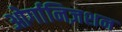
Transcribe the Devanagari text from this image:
ओर्गानिज़शन